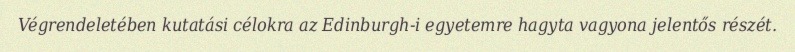
Végrendeletében kutatási célokra az Edinburgh-i egyetemre hagyta vagyona jelentős részét.